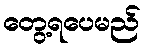
တွေ့ရပေမည်